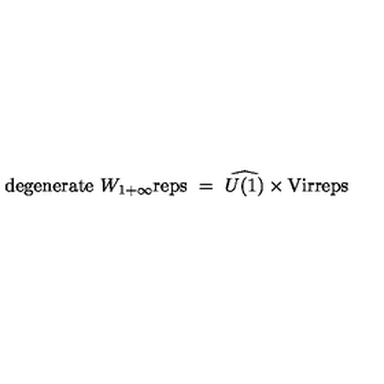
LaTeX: \mathrm { d e g e n e r a t e } \ W _ { 1 + \infty } \mathrm { r e p s } \ = \ \widehat { U ( 1 ) } \times \mathrm { V i r } \mathrm { r e p s } \